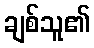
ချစ်သူ၏